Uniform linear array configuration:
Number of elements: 4
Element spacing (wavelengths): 0.75
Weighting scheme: hann
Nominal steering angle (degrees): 45
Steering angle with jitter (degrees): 43.364
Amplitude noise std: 0.05
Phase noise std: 0.05

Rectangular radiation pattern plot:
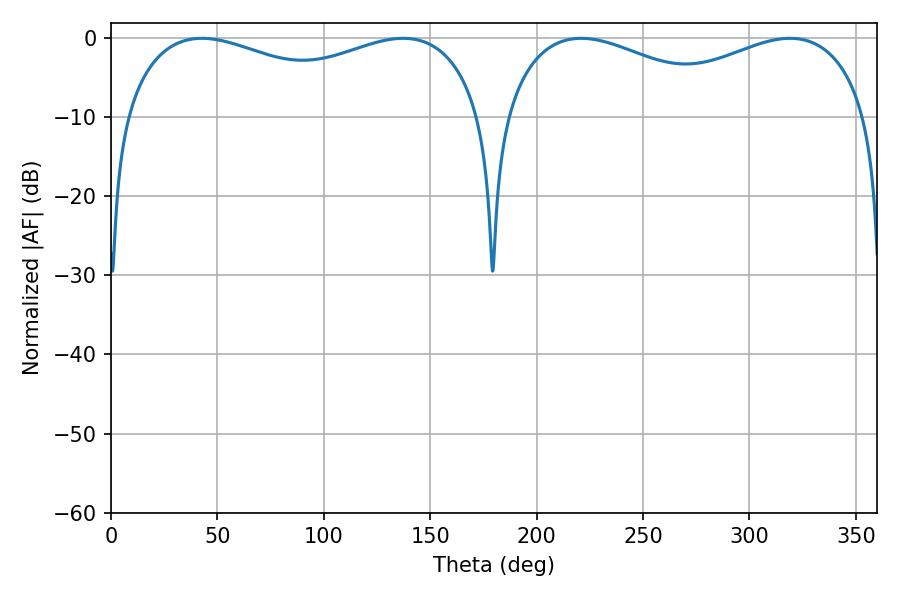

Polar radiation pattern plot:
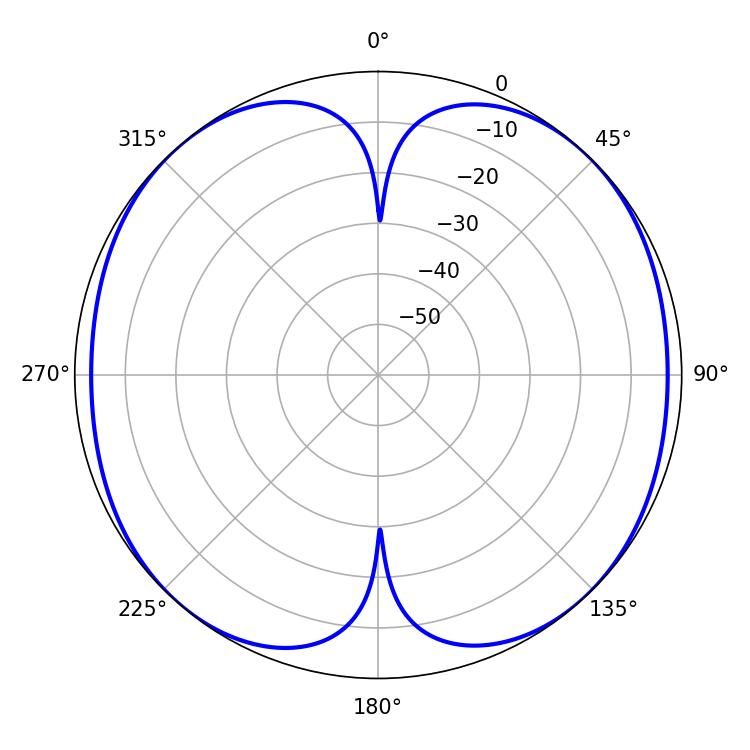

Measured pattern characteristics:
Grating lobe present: TRUE
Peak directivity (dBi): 16.176
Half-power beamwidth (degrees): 139.32
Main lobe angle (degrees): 42.66